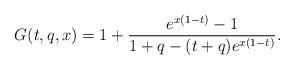
LaTeX: \begin{align*} G(t,q,x) = 1 + \frac{e^{x(1-t)} - 1}{1+q - (t+q)e^{x(1-t)}}. \end{align*}